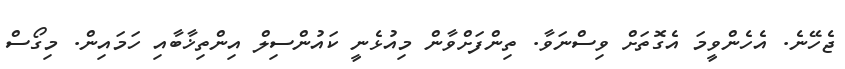
ޖެހޭނެ. އެހެންވީމަ އެގޮތަށް ވިސްނަވާ. ތިންފަށްވާން މިއުޅެނީ ކައުންސިލް އިންތިޚާބާއި ހަމައިން. މިގޯސް